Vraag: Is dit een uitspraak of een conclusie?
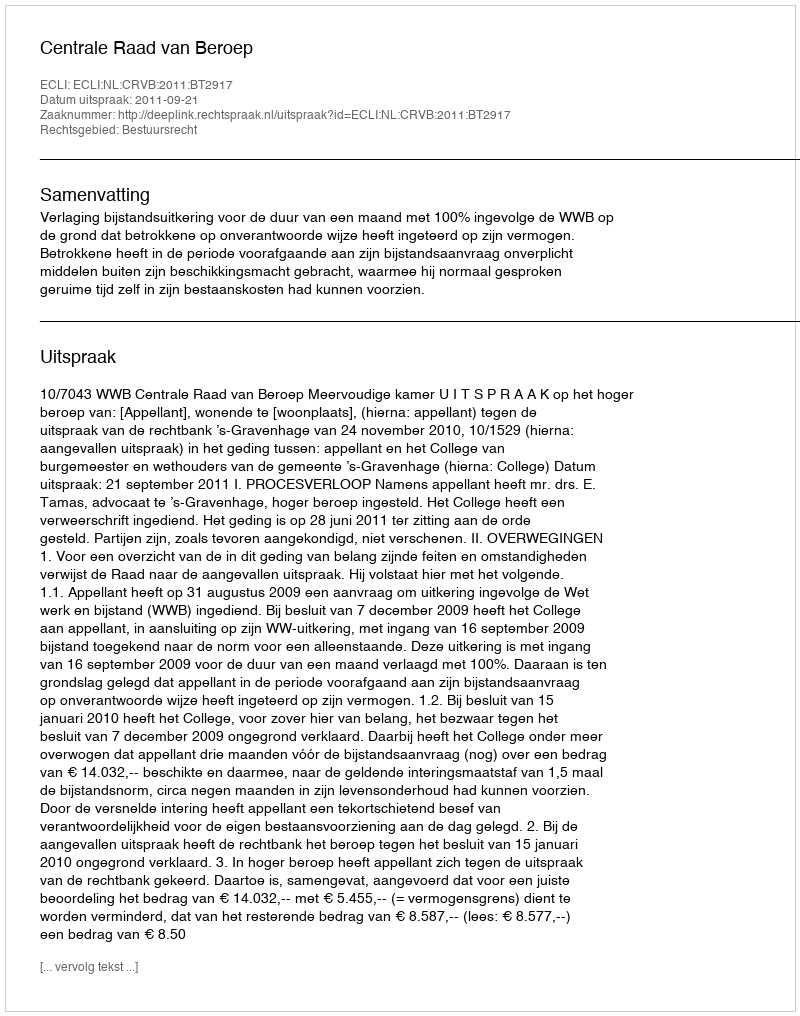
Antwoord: Uitspraak